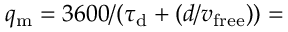
q _ { \mathrm { m } } = 3 6 0 0 / ( \tau _ { \mathrm { d } } + ( d / v _ { \mathrm { f r e e } } ) ) =